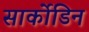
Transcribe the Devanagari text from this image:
सार्कोडिन